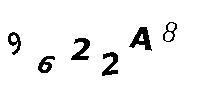
9622A8